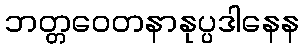
ဘတ္တဝေတနာနုပ္ပဒါနေန